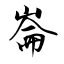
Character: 崙